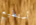
أستطيع